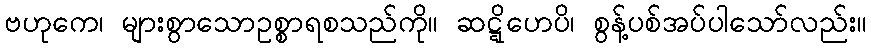
ဗဟုကေ၊ များစွာသောဥစ္စာရစသည်ကို။ ဆဋ္ဋိဟေပိ၊ စွန့်ပစ်အပ်ပါသော်လည်း။